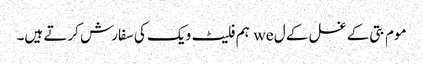
موم بتی کے غسل کے ل we ہم فلیٹ ویک کی سفارش کرتے ہیں۔